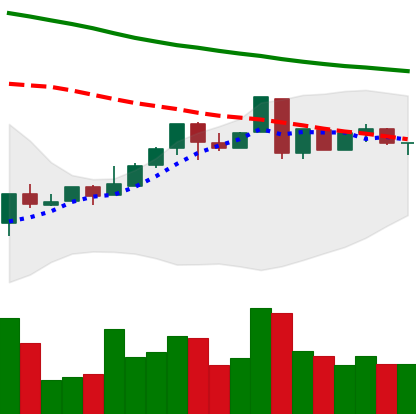
Ticker: LTC-USD
Chart end date: 2018-05-01
Forward return: 15.7%
Label: up_7plus